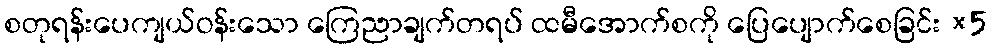
စတုရန်းပေကျယ်ဝန်းသော ကြေညာချက်တရပ် ထမီအောက်စကို ပြေပျောက်စေခြင်း ×5